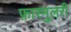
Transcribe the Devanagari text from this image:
फ़ारमुलरी